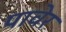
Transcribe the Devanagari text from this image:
पावेर